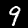
Digit: 9